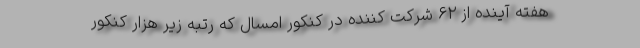
هفته آینده از ۶۲ شرکت کننده در کنکور امسال که رتبه زیر هزار کنکور